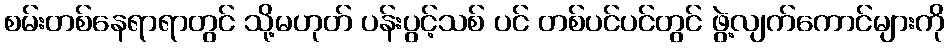
စမ်းတစ်နေရာရာတွင် သို့မဟုတ် ပန်းပွင့်သစ် ပင် တစ်ပင်ပင်တွင် ဖွဲ့လျက်ကောင်များကို